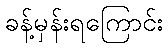
ခန့်မှန်းရကြောင်း